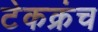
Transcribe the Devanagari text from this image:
टेकक्रंच